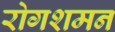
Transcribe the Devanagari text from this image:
रोगशमन